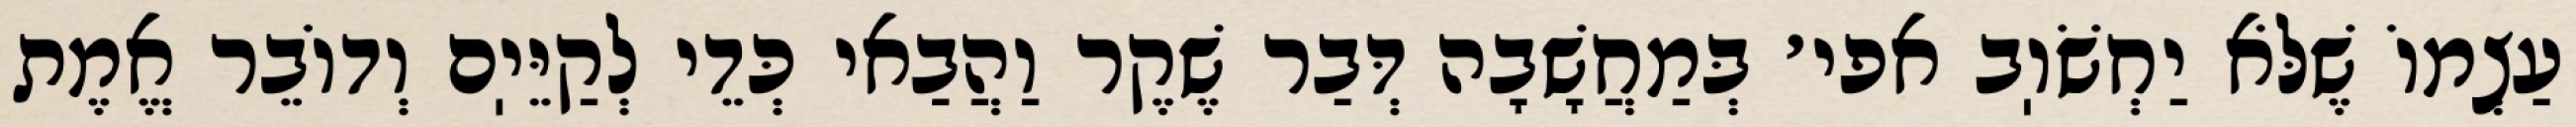
עַצְמוֹ שֶׁלֹּא יַחְשֹׁוֽב אפי׳ בְּמַחֲשָׁבָה דְּבַר שֶׁקֶר וַהֲבַאי כְּדֵי לְקַיֵּיֽם וְדוֹבֵר אֱמֶת